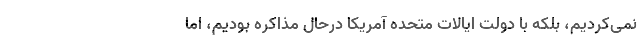
نمی‌کردیم، بلکه با دولت ایالات متحده آمریکا درحال مذاکره بودیم، اما